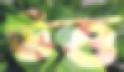
উত্ত